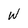
Character: w